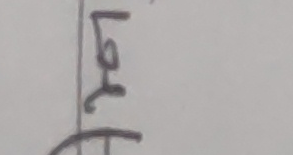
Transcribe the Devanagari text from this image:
लि